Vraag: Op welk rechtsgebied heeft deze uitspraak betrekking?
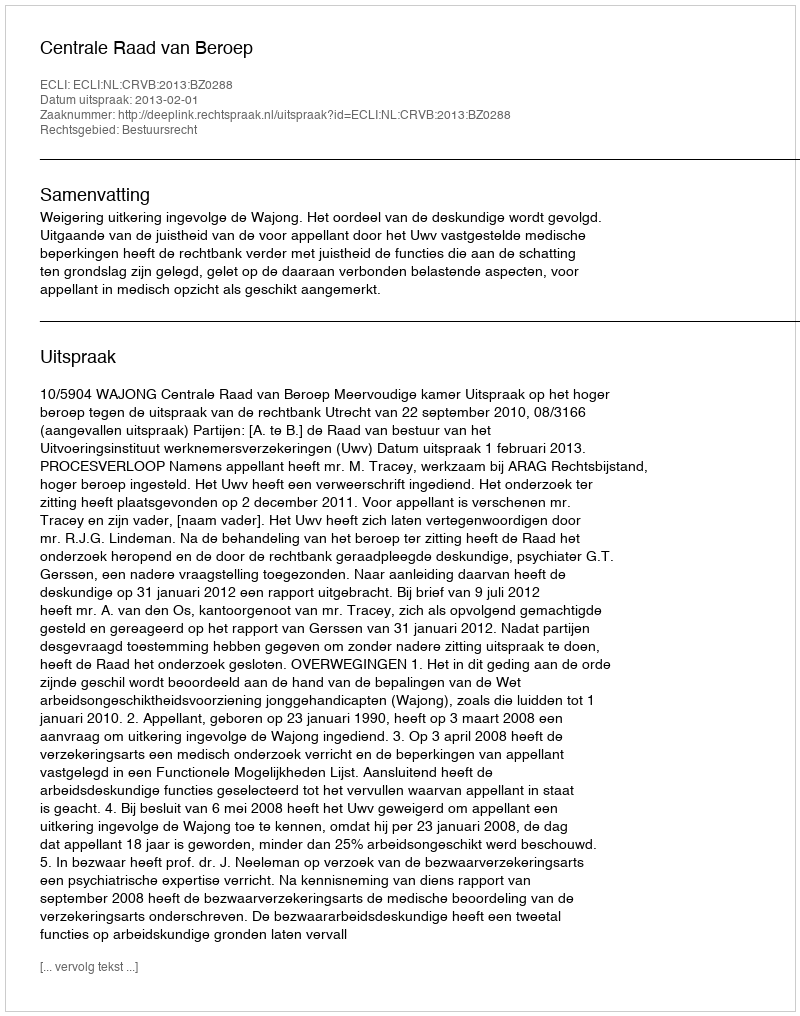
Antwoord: Bestuursrecht